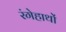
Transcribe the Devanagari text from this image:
रंगेहाथों